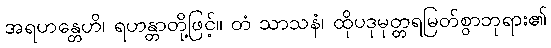
အရဟန္တေဟိ၊ ရဟန္တာတို့ဖြင့်။ တံ သာသနံ၊ ထိုပဒုမုတ္တရမြတ်စွာဘုရား၏